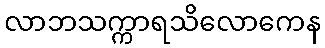
လာဘသက္ကာရသိလောကေန